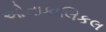
ઓનાકાલિકલ